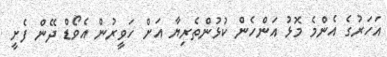
އަހަރުގެ އެންމެ މޮޅު އަންހެން ކުޅުންތެރިޔާ އަށް ހަވީރުން އެވޯޑް ދޭން ފެށީ